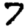
Digit: 7